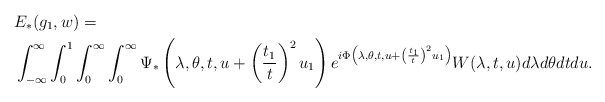
\begin{align*} &E_{*}(g_1, w)=\\&\int_{-\infty}^\infty \int_0^1 \int_0^\infty\int_0^\infty \Psi_*\left(\lambda, \theta, t, u + \left(\frac{t_1}{t} \right)^2 u_1\right)e^{i \Phi\left(\lambda, \theta, t, u + \left(\frac{t_1}{t} \right)^2 u_1\right)}W(\lambda, t, u) d\lambda d\theta dt du. \end{align*}